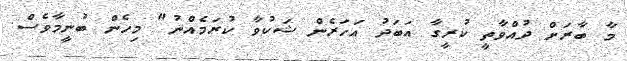
މާ ބާރަށް ދުއްވާތީ ކުރީގާ އަބަދު އަހަރެން ޝަކުވާ ކުރަމެއްނު" މިހެން ބުނީމާވެސް